Report on vaccination in the Province of Bengal - 1874-1889
Year: 1874
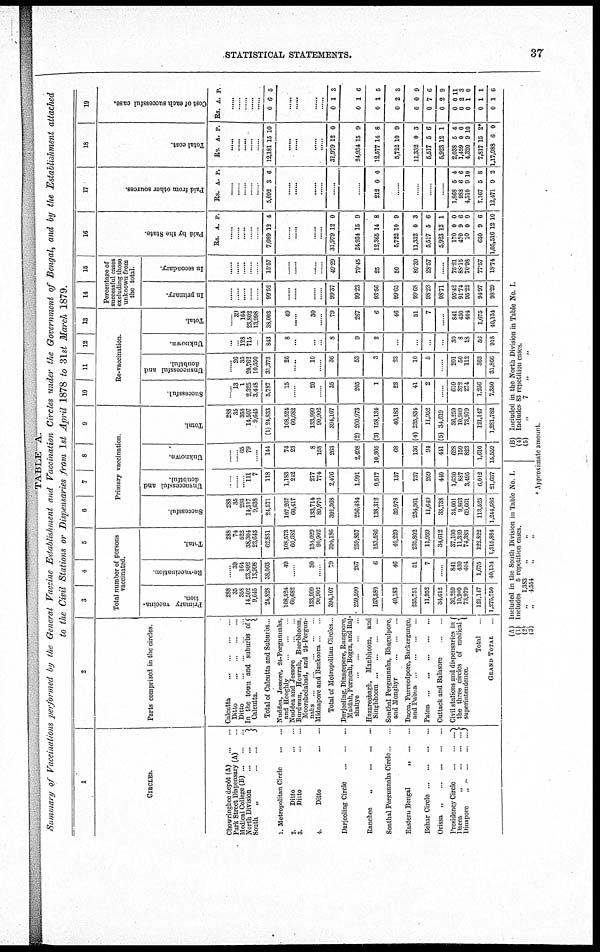
STATISTICAL STATEMENTS.
37
TABLE A.
Summary of Vaccinations performed by the General Vacaine Establishment and Vaccination Circles under the Government of Bengal, and by the Establishment attached
to the Civil Stations or Dispensaries from 1st April 1878 to 31st March 1879.
1
CIRCLES.
Chowringhee depôt (A)
... ...
Park Street Dispensary (A) ...
Medical College (B) ...
North Division ... ...
South
„
... ...
1. Metropolitan Circle ... ...
2.
Ditto ... ...
3.
Ditto ... ...
4
Ditto ... ...
Darjeeling Circle
...
...
...
Ranchee
„ ... ... ...
Sonthal Pergunnahs Circle... ...
Eastern Bengal „ ...
Behar Circle ...
Orissa „
... ... ...
Presidency Circle
...
...
...
Dacca „
...
...
...
Dinapore „ ... ... ... ...
2
Parts comprised in the circles
Calcutta
... ... ... ...
Ditto
...
...
...
...
Ditto ... ... ...
In the town and suburbs of
Calcutta.
Total of Calcutta and Suburbs..
Nuddea, Jessore, 24-Pergunnahs,
and Hooghly
...
...
Nuddea and Jessore ... ...
Burdwan, Howrah, Beerbhoom,
Moorshedabad, and 24-Pergun-
nahs ... ... ... ...
Midnapore and Bankoora
Total Metropolitan Circles .
Darjeeling, Dinagepore, Rungpore,
Maldah, Purneah,Bogra, and Raj-
shahye ... ... ... ...
Hazareebagh, Manbhoom, and
Singbhoom ... ... ... ...
Sonthal Pergunnahs, Bhagulpore,
and
Monghyr ... ... ...
Dacca, Purreedpore, Backergunge,
and Pubna ... ... ... ...
Patna ... ... ... ... ...
Cuttack and Balasore ... ...
Civil stations and dispensaries in
the three circles of medical
superintendence.
Total
GRAND TOTAL .
3
4
5
Total number of persons
vaccinated.
Primary vaccina-
tion.
288
35
358
14,502
9,645
24,828
108,524
60,682
133,999
90,902
394,107
259,590
153,580
40,183
235,751
11,952
34,612
36,259
10,909
73,979
121,147
1,275,750
Re-vaccination.
...
39
164
23,802
13,998
38,003
49
.....
30
...
79
267
6
46
51
7
......
841
430
404
1,675
40,134
Total.
288
74
522
38,304
23,643
62,831
108,573
60,682
134,029
90,902
394,186
259,857
153,586
40,229
235,802
11,959
34,612
37,100
11,339
74,383
122,822
1,315,884
6
7
8
9
Primary vaccination.
Successful.
288
35
293
14,317
9,638
24,571
107,267
60,417
133,714
89,970
391,368
256,484
138,312
39,978
234,961
11,649
33,738
34,001
9,863
69,661
113,525
1,244,586
Unsuccessful and
doubtful.
...
...
...
111
7
118
1,183
242
277
774
2,476
1,991
9,517
137
737
209
440
1,630
887
3,495
6,012
21,637
Unknown.
...
...
65
79
...
144
74
23
8
158
263
2,498
10,305
68
136
94
441
628
159
823
1,610
15,559
Total.
288
35
358
14,507
9,645
(1) 24,833
108,524
60,682
133,999
90,902
394,107
(2) 260,973
(3) 158,134
40,183
(4) 235,834
11,952
(5) 34,619
36,259
10,909
73,979
121,147
1,281,782
10
11
12 13
Re-vaccination.
Successful.
....
13
1
2,325
3,448
5,787
15
....
20
...
35
205
1
23
41
2
......
610
372
274
1,256
7,350
Unsuccessful and
doubtful.
......
26
35
20,762
10,550
31,373
26
......
10
......
36
53
3
23
10
5
......
201
50
112
363
31,866
Unknown.
...
...
128
715
...
843
8
...
...
......
8
9
2
...
...
...
30
8
18
56
918
Total.
......
39
164
23,802
13,998
38,003
49
......
30
......
79
267
6
46
51
7
......
841
430
404
1,675
40,134
14
15
Percentage of
successful cases
excluding those
unknown from
the total.
In primary.
......
.....
.....
......
......
99.52
......
......
......
......
99.37
99.23
93.56
99.65
99.68
98.23
98.71
95.42
91.74
95.22
94.97
98.29
In secondary.
......
.
.....
15.57
......
......
......
49.29
79.45
25
50
80.39
28.57
......
75.21
88.15
70.98
77.57
18.74
16
Paid by the State.
Rs. A. P.
......
......
......
....
7,089 12 4
......
......
......
......
31,979
24,934
12,365
5,722
11,332
5,517
5,923
170
470
10
650
1,05,516
12
15
14
10
0
5
12
0
9
0
9
12
0
9
8
9
3
6
1
0
6
0
6
10
17
Paid from other sources.
Rs. A. P.
......
.....
.....
......
5,092 3 6
......
......
......
.....
......
212 0 0
......
......
......
1,868
988
4,310
7,167
12,471
5
6
9
5
9
4
6
10
8
2
18
Total cost.
Rs. A. P.
......
......
......
12,181 15 10
......
......
......
......
31,979
24,934
12,577
5,722
11,332
5,517
5,923
2,038
1,459
4,320
7,817
1,17,988
12
15
14
10
0
5
12
5
0
9
15
6
0
9
8
9
3
6
1
4
0
10
2*
0
19
Cost of each successful case.
Rs. A. P.
......
......
......
......
......
0 6 5
......
......
......
0
0
0
0
0
0
0
0
0
0
0
0
1
1
1
2
0
7
2
0
2
1
1
1
3
6
5
3
9
6
9
11
3
0
1
6
(A) Included in the South Division in Table No I.
(1) Includes
5 repetition cases
(2)
„
1,383 „ „
(3)
„
4,554 „ „
(B)
(4)
(5)
Included in the North Division in Table No. I.
Includes 83 repetition cases.
„ 7 „ „
* Approximate amount.